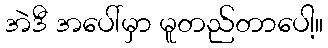
အဲဒီ အပေါ်မှာ မူတည်တာပေါ့။